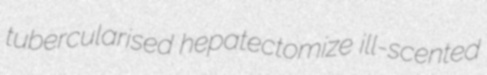
tubercularised hepatectomize ill-scented